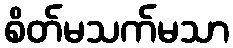
စိတ်မသက်မသာ